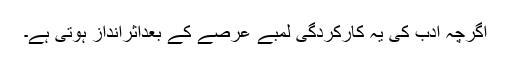
اگرچہ ادب کی یہ کارکردگی لمبے عرصے کے بعداثرانداز ہوتی ہے۔